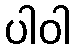
ပါဝါ